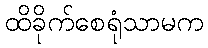
ထိခိုက်စေရုံသာမက